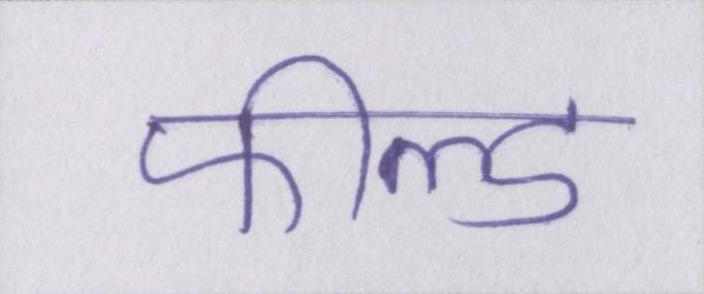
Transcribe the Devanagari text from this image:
फील्ड